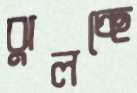
ঝুলচ্ছে